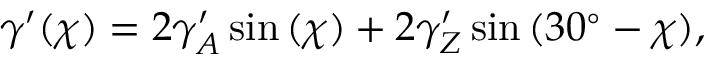
\gamma ^ { \prime } ( \chi ) = 2 \gamma _ { A } ^ { \prime } \sin { ( \chi ) } + 2 \gamma _ { Z } ^ { \prime } \sin { ( 3 0 ^ { \circ } - \chi ) } ,